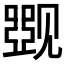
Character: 𰴛